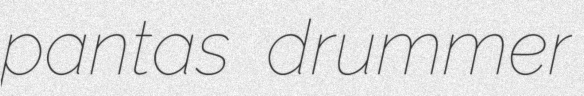
pantas drummer